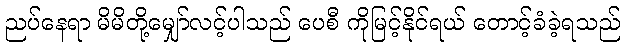
ညပ်နေရာ မိမိတို့မျှော်လင့်ပါသည် ပေစီ ကိုမြင့်နိုင်ရယ် တောင့်ခံခဲ့ရသည်